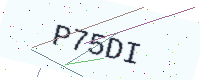
Text: P75DI